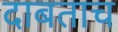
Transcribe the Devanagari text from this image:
दाबताच